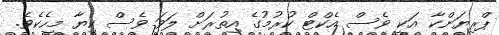
ޕްރިޔަންކާ އަކީ ވެސް އެކްޓް ކުރުމުގެ އިތުރަށް ލަވަ ވެސް ކިޔާ މީހެކެވެ.